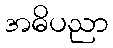
အဓိပညာ